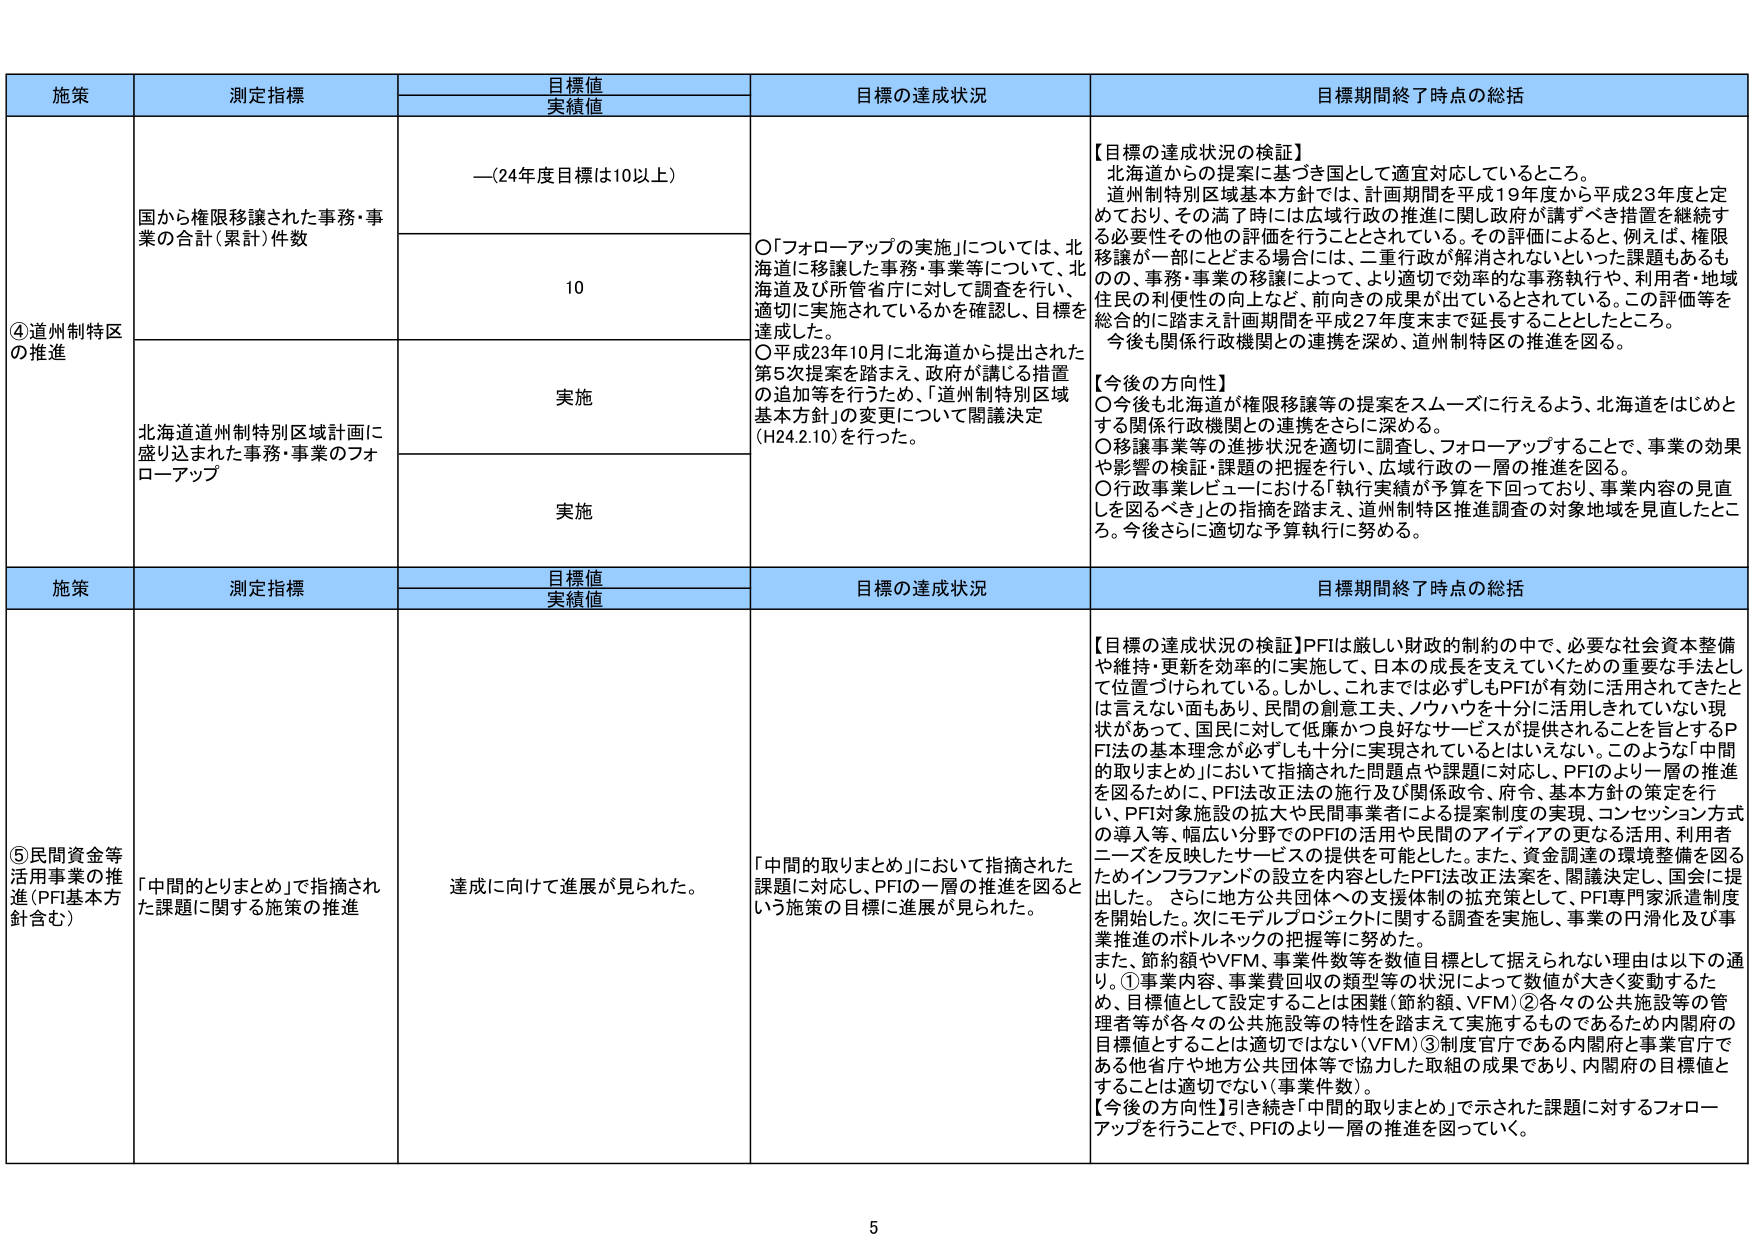
施策 測定指標 目標値 実績値 目標の達成状況 目標期間終了時点の総括 ④道州制特区の推進 国から権限移譲された事務・事業の合計（累計）件数 —（24年度目標は10以上） 10 ○「フォローアップの実施」については、北海道に移譲した事務・事業等について、北海道及び所管省庁に対して調査を行い、適切に実施されているかを確認し、目標を達成した。 ○平成23年10月に北海道から提出された第5次提案を踏まえ、政府が講じる措置の追加等を行うため、「道州制特別区域基本方針」の変更について閣議決定（H24.2.10）を行った。 【目標の達成状況の検証】 北海道からの提案に基づき国として適宜対応しているところ。 道州制特別区域基本方針では、計画期間を平成19年度から平成23年度と定めており、その満了時に広域行政の推進に関し政府が講ずべき措置を継続する必要性その他の評価を行うこととされている。その評価によると、例えば、権限移譲が一部にとどまる場合には、二重行政が解消されないといった課題もあるものの、事務・事業の移譲によって、より適切で効率的な事務執行や、利用者・地域住民の利便性の向上など、前向きの成果が出ているとされている。この評価等を総合的に踏まえ計画期間を平成27年度末まで延長することとしたところ。 今後も関係行政機関との連携を深め、道州制特区の推進を図る。 【今後の方針】 ○今後も北海道が権限移譲等の提案をスムーズに行えるよう、北海道をはじめとする関係行政機関との連携をさらに深める。 ○移譲事業等の進捗状況を適切に調査し、フォローアップすることで、事業の効果や影響の検証・課題の把握を行い、広域行政の一層の推進を図る。 ○行政事業レビューにおける「執行実績が予算を下回っており、事業内容の見直しを図るべき」との指摘を踏まえ、道州制特区推進調査の対象地域を見直したところ。今後さらに適切な予算執行に努める。 北海道道州制特別区域計画に盛り込まれた事務・事業のフォローアップ 実施 実施 施策 測定指標 目標値 実績値 目標の達成状況 目標期間終了時点の総括 ⑤民間資金等活用事業の推進（PFI基本方針含む） 「中間的とりまとめ」で指摘された課題に関する施策の推進 達成に向けて進展が見られた。 「中間的取りまとめ」において指摘された課題に対応し、PFIの一層の推進を図るという施策の目標に進展が見られた。 【目標の達成状況の検証】PFIは厳しい財政的制約の中で、必要な社会資本整備や維持・更新を効率的に実施して、日本の成長を支えていくための重要な手法として位置づけられている。しかし、これまでは必ずしもPFIが有効に活用されてきたとは言えない面もあり、民間の創意工夫、ノウハウを十分に活用しきれていない現状があって、国民に対して低廉かつ良好なサービスが提供されることを旨とするPFI法の基本理念が必ずしも十分に実現されているとはいえない。このような「中間的取りまとめ」において指摘された問題点や課題に対応し、PFIのより一層の推進を図るために、PFI法改正法の施行及び関係政令、府令、基本方針の策定を行い、PFI対象施設の拡大や民間事業者による提案制度の実現、コンセッション方式の導入等、幅広い分野でのPFIの活用や民間のアイディアの更なる活用、利用者ニーズを反映したサービスの提供を可能とした。また、資金調達の環境整備を図るためインフラファンドの設立を内容としたPFI法改正法案を、閣議決定し、国会に提出した。さらに地方公共団体への支援体制の拡充策として、PFI専門家派遣制度を開始した。次にモデルプロジェクトに関する調査を実施し、事業の円滑化及び事業推進のボトルネックの把握等に努めた。 また、節約額やVFM、事業件数等を数値目標として据えられない理由は以下の通り。①事業内容、事業費回収の類型等の状況によって数値が大きく変動するため、目標値として設定することは困難（節約額、VFM）②各々の公共施設等の管理者等が各々の公共施設等の特性を踏まえて実施するものであるため内閣府の目標値とすることは適切ではない（VFM）③制度官庁である内閣府と事業官庁である他省庁や地方公共団体等で協力した取組の成果であり、内閣府の目標値とすることは適切でない（事業件数）。 【今後の方針】引き続き「中間的取りまとめ」で示された課題に対するフォローアップを行うことで、PFIのより一層の推進を図っていく。 5